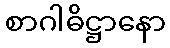
စာဂါဓိဋ္ဌာနော